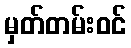
မှတ်တမ်းဝင်